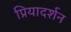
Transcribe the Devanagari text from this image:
प्रियादर्शन